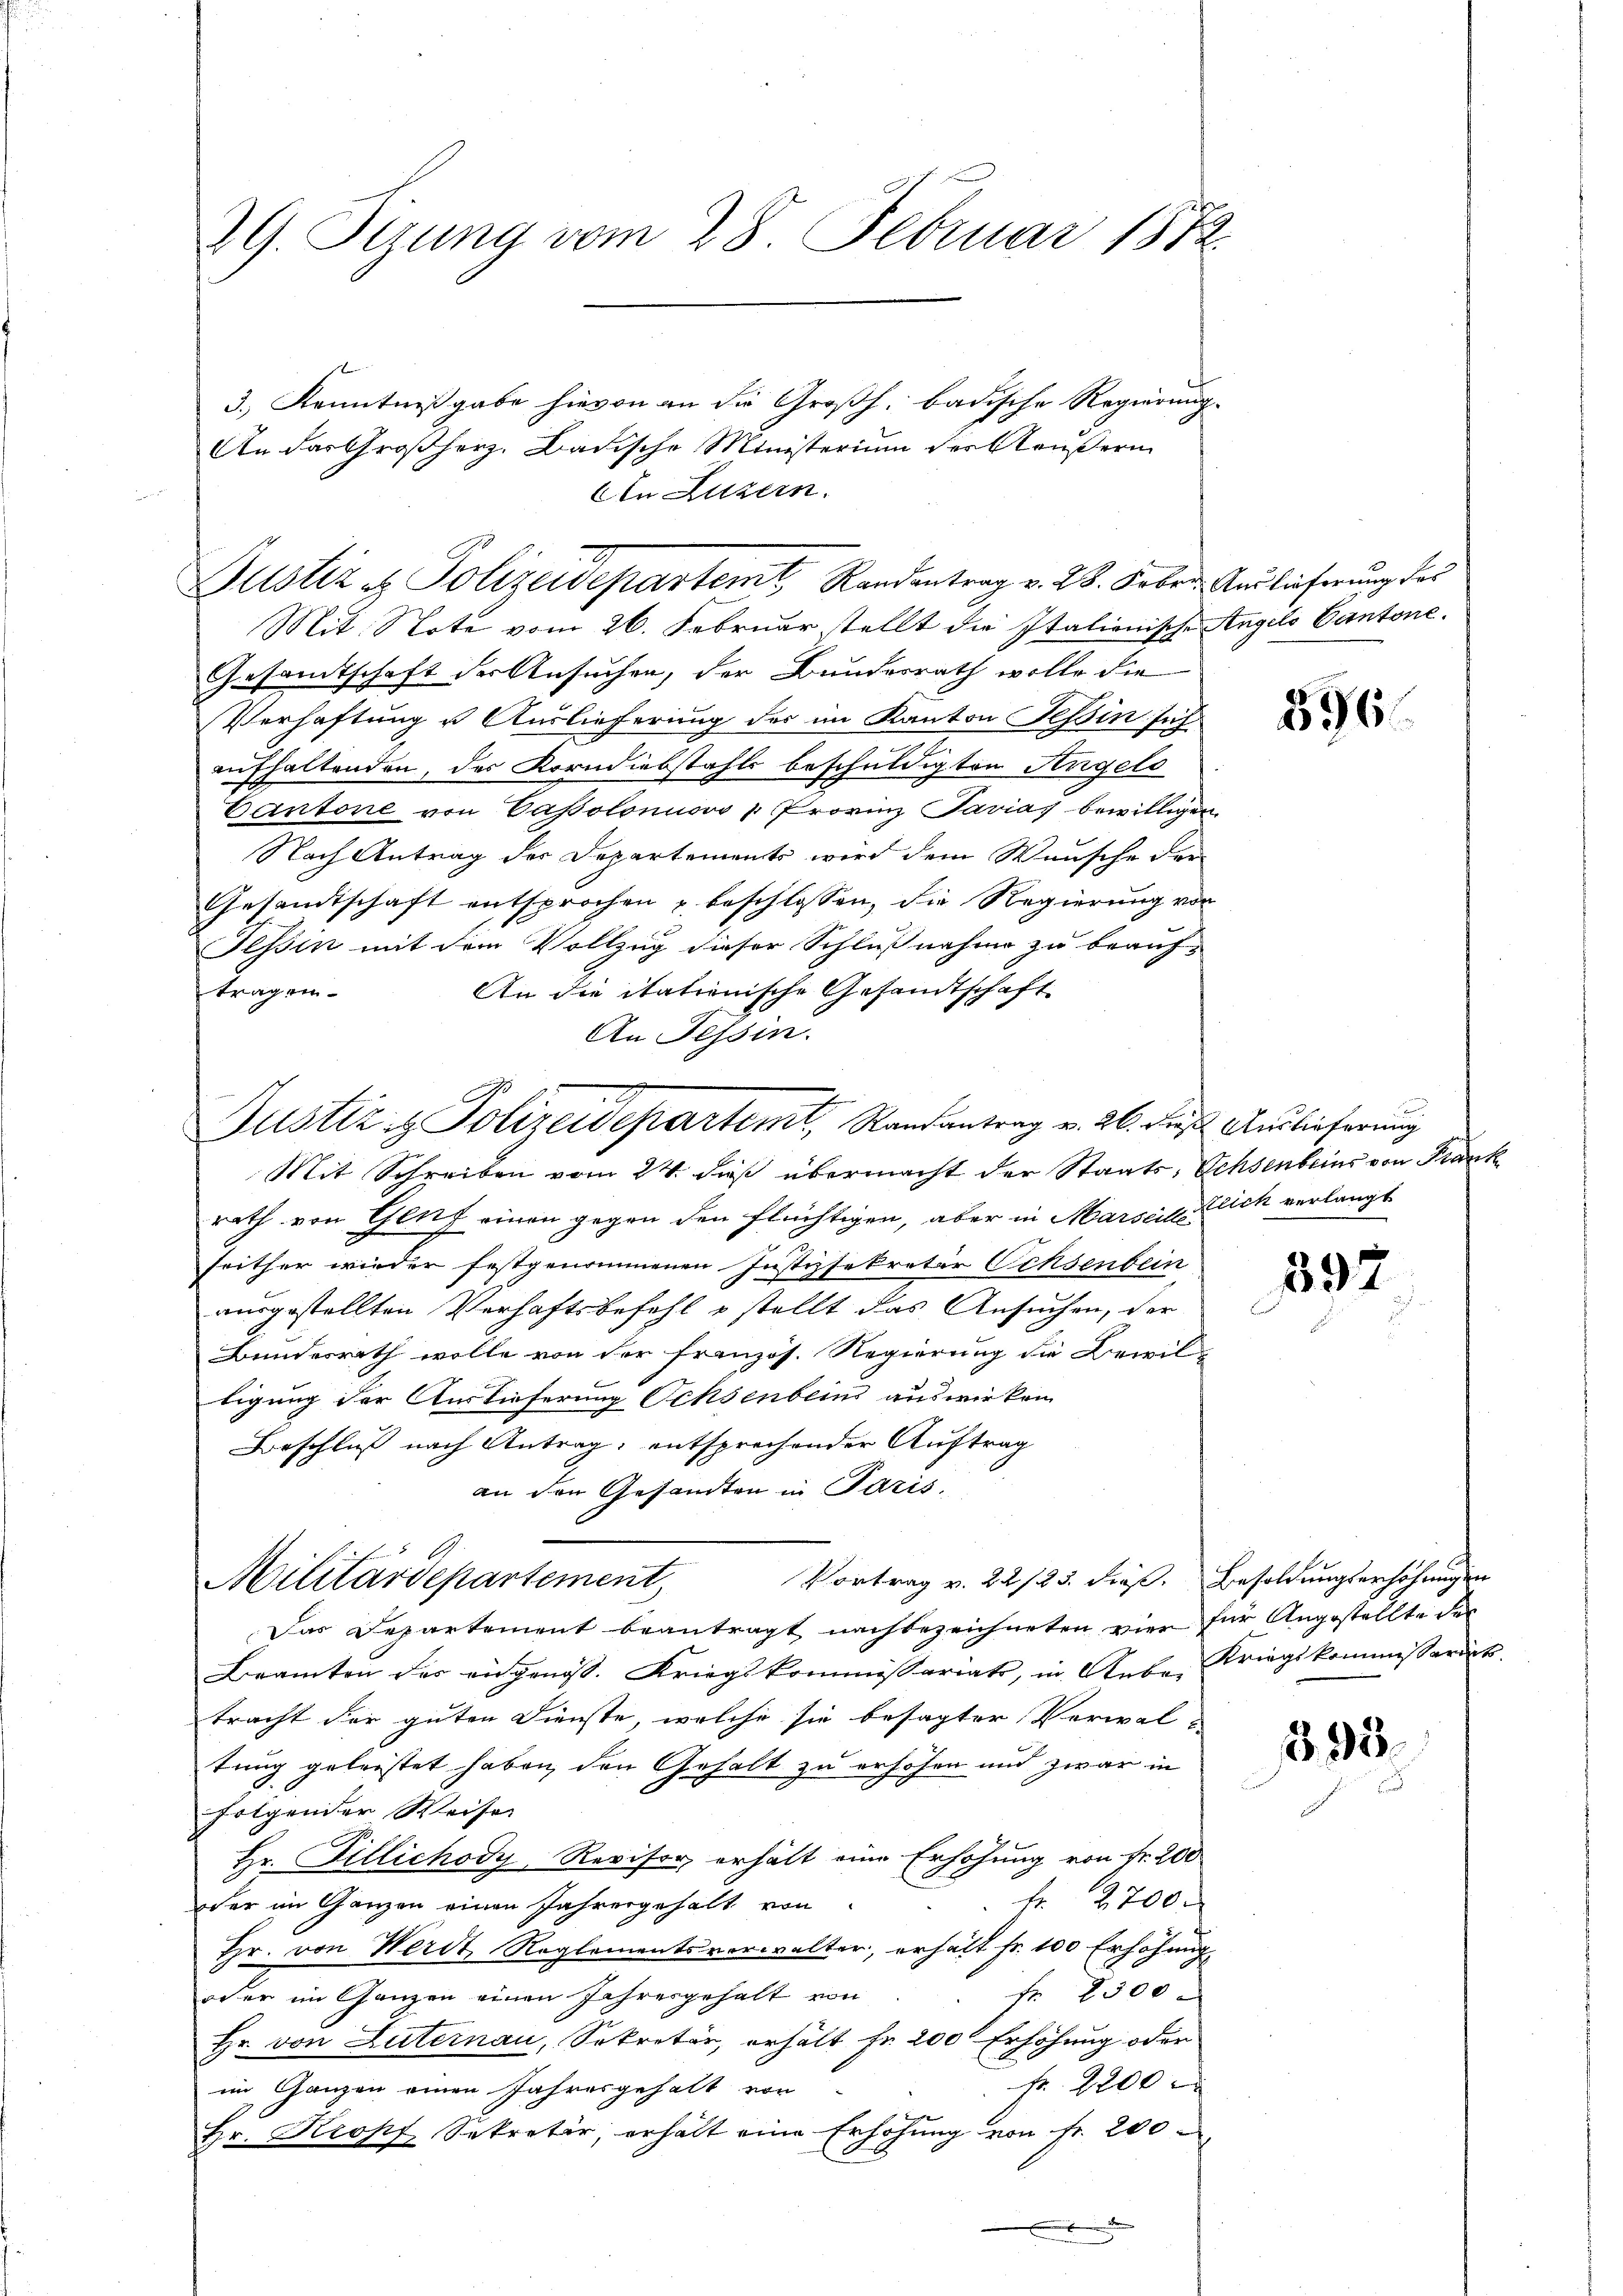
29. Segung vom 28. Februar 1882

Gustiz & Polizeidepartem Randantrag v. 28. Feber, Auslieferung des

Justiz & Polizeidepartemt, Randantrag v. 26. die Auslieferung

3.) Kenntnißgabe hievon an die Großh. badische Regierung
An das Großherz. Badische Ministerium der Aeußern
AIn Luzern.

Mit. Note vom 26. Februar stellt die Italienische
Gesandtschaft der Ansuchen, der Bundesrath wolle die
Verhaftung u. Auslieferung des im Kanton Teßin sich
aufhaltenden, der Korndiebstahls beschuldigten Angelo
Cantone von Passolonio 2 Provinz Jarias bewilligen
Nach Antrag der Departements wird dem Wunsche der
Gesandtschaft entsprochen u beschlossen, die Regierung von
Tessin mit dem Vollzug dieser Schlußnahme zu beauf-
An die itationische Gesandtschaft
trag ein¬
An Tessin.
Mit Schreiben vom 24. daß übermacht der Staats-Schsenbeins von Krank
rath von Glief einen gegen den flüchtigen, aber in Marseil ich verlangt
seither wieder festgenommenen Justizsekretär Ochsenbein
ausgestellten Verhaftsbefehl u stellt das Ansuchen, der
Bundesrath wolle von der französ. Regierung die Bewiltigung der Auslieferung Ochsenbeins auswirken
Beschluß nach Antrag, entsprechender Auftrag
an den Gesandten in Paris.
Vortrag v. 22./25. dieß. Besoldungserhöhungen
Militärdepartement,
Das Departement beantragt nachbezeichneten vier
Beamten des angenos. Kriegskommissariats, in Anbe-Kriegskommissariat.
tracht der guten Dienste, welche sie besagter Verwaltung geleistet haben, den Gehalt zu erhöhen und zwar in
folgender Weise
Hr. Fillichody, Revisor erhält eine Erhöhung von Fr. 200
fr. 2700.
oder im Ganzen einen Jahrengehalt von
Hr. von Werdt Reglementsverwalter, erhält fr. 100 Erhöhung.
fr 2500
oder im Ganzen einen Jahresgehalt von
Hr. von Luternau, Sekretär, erhält fr. 200 Erhöhung oder
Fr. 2200
im Ganzen einen Jahresgehalt von
Hr. Kropf, Sekretär, erhalt eine Erhöhung von fr. 200

Angels Cantone.

396

392

für Angestellte der

.33